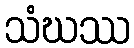
သံဃဿ